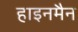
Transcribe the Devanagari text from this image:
हाइनमैन